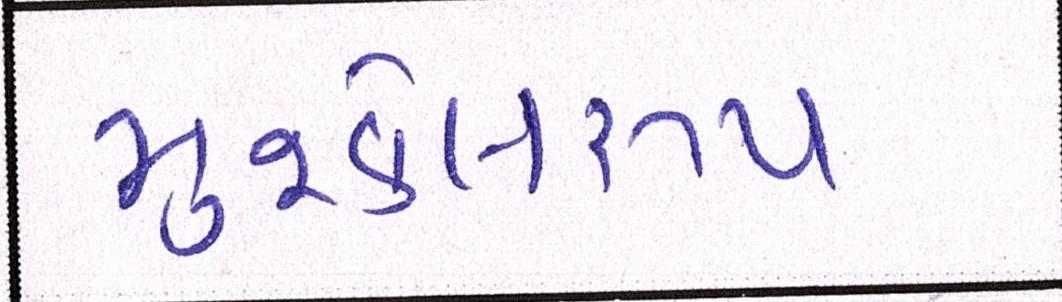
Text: મુશ્કેલરૂપ